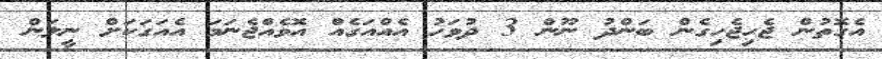
އެގޮތުން ޖެހިޖެހިގެން ބަންދު ނޫން 3 ދުވަހު އެއްއަގެއް އޮވެއްޖެނަމަ އެއަގަކަށް ނީލަން